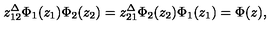
z _ { 1 2 } ^ { \Delta } { \Phi _ { 1 } ( z _ { 1 } ) } { \Phi _ { 2 } ( z _ { 2 } ) } = z _ { 2 1 } ^ { \Delta } { \Phi _ { 2 } ( z _ { 2 } ) } { \Phi _ { 1 } ( z _ { 1 } ) } = \Phi ( z ) ,